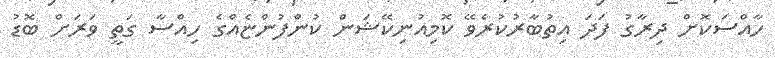
ހާއްސަކޮށް ދިރާގު ފަދަ އިތުބާރުކުރެވޭ ކޮމިއުނިކޭޝަން ކުންފުންޏެއްގެ ހިއްސާ ގަތީ ވަރަށް ބޮޑު